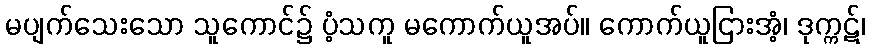
မပျက်သေးသော သူကောင်၌ ပံ့သကူ မကောက်ယူအပ်။ ကောက်ယူငြားအံ့၊ ဒုက္ကဋ်၊